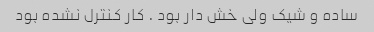
ساده و شیک ولی خش دار بود . کار کنترل نشده بود